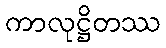
ကာလုဋ္ဌိတဿ